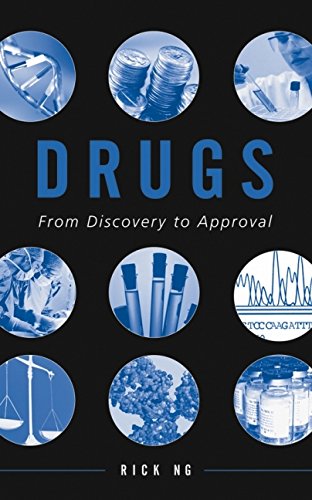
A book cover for Drugs-From Discovery to Approval; Rick Ng; Medical Books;